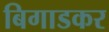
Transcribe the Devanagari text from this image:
बिगाडकर